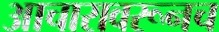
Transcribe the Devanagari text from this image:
आचारावरूनच